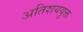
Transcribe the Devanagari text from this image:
अतिशययुक्त